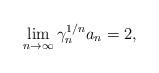
LaTeX: \begin{align*}\lim_{n\to\infty} \gamma_n^{1/n} a_n = 2,\end{align*}